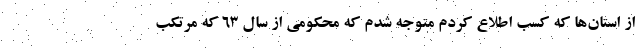
از استان‌ها که کسب اطلاع کردم متوجه شدم که محکومی از سال ۶۳ که مرتکب